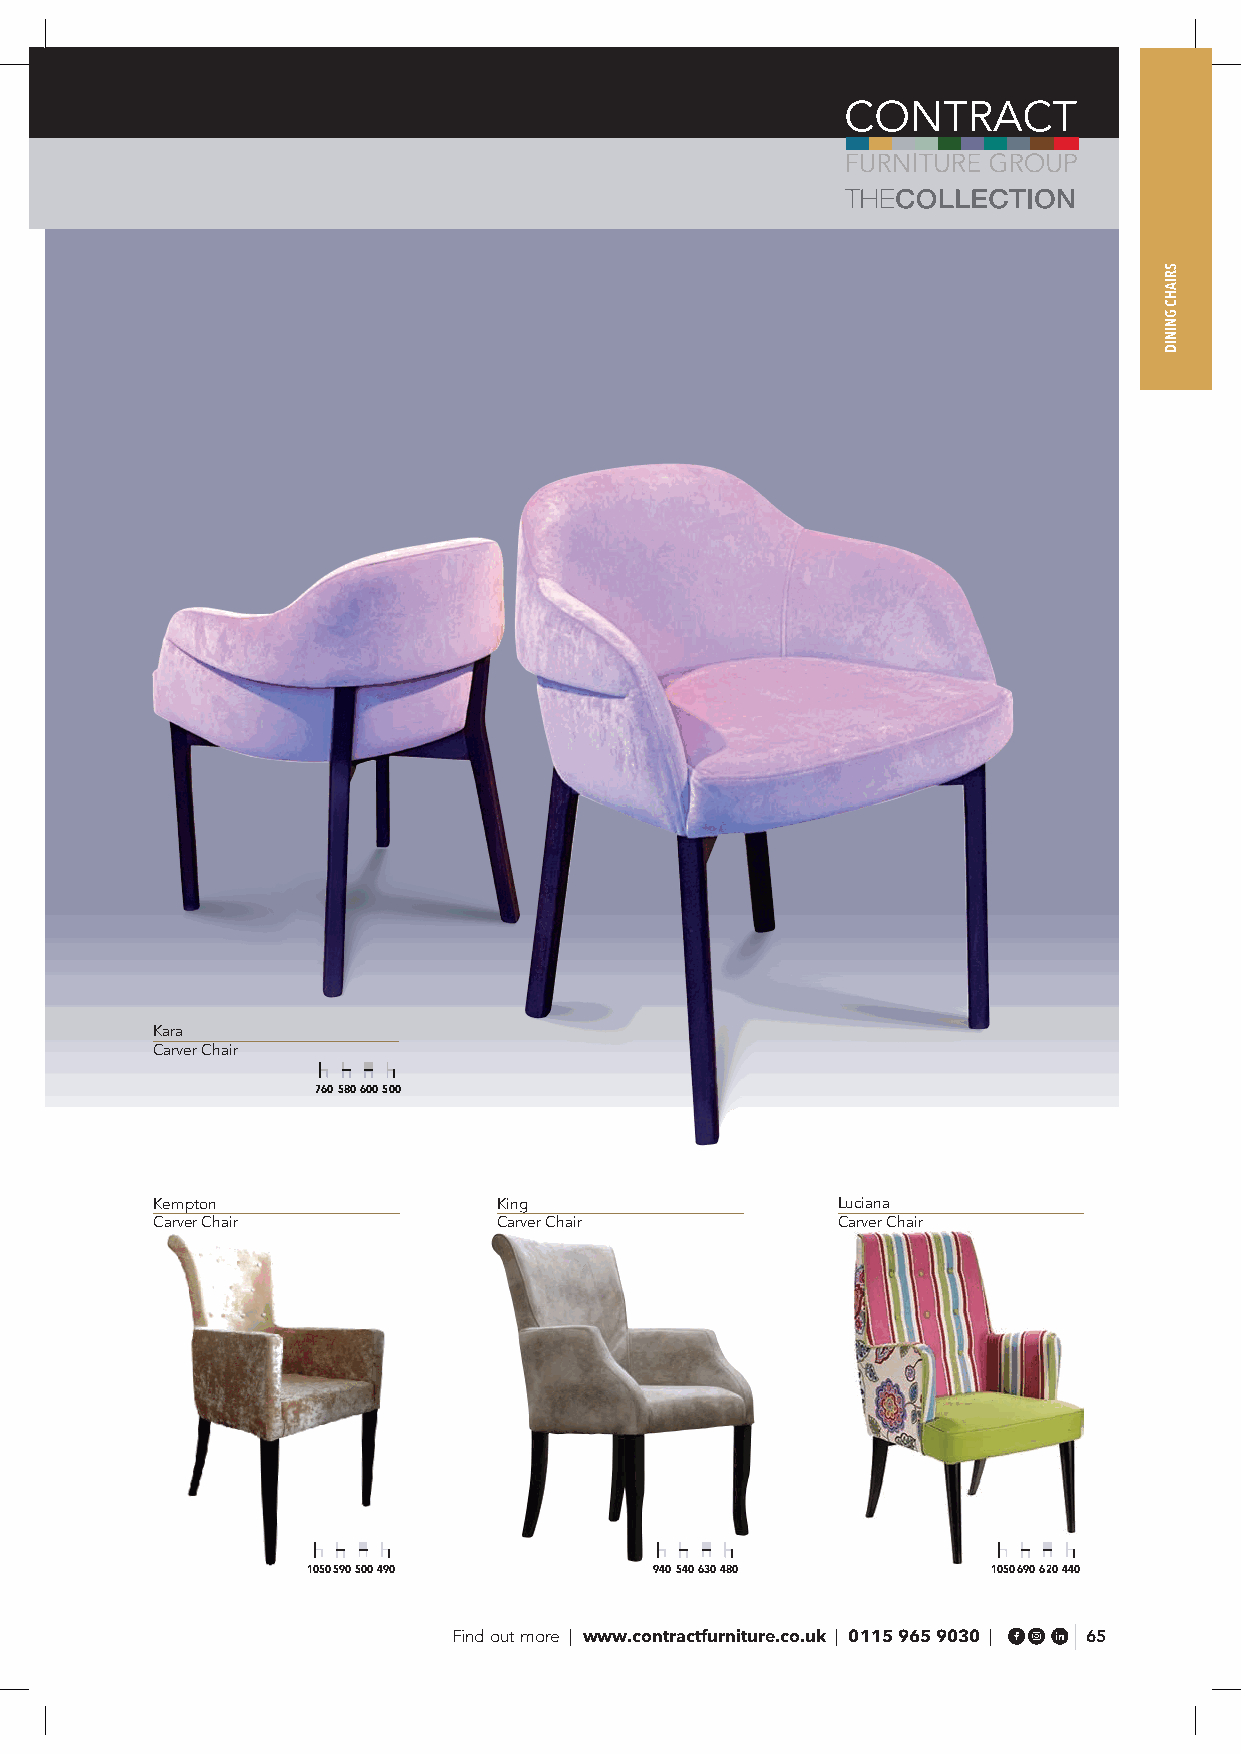
Kara
 Carver Chair
 760 580 600 500
 Kempton                King                  Luciana
 Carver Chair           Carver Chair          Carver Chair
 1050 590 500 490       940 540 630 480        1050 690 620 440
 Find out more | www.contractfurniture.co.uk | 0115 965 9030 | 65
 SRIAHC
 GNINID